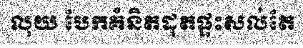
លុយ បែកគំនិតដុតផ្ទះសល់តែ